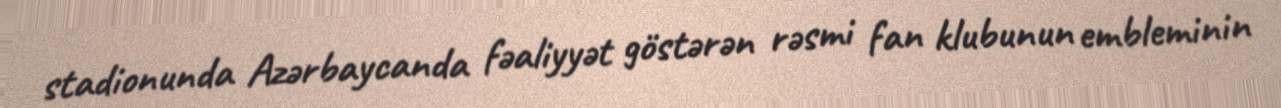
stadionunda Azərbaycanda fəaliyyət göstərən rəsmi fan klubunun embleminin